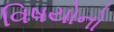
વિષયોનો